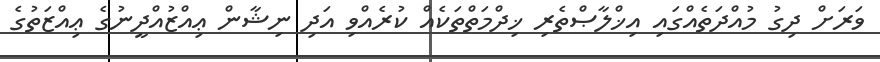
ވަރަށް ދިގު މުއްދަތެއްގައި އިޚްލާޞްތެރި ޚިދްމަތްތަކެއް ކުރެއްވި އަދި ނިޝާން ޢިއްޒުއްދީނުގެ ޢިއްޒަތުގެ